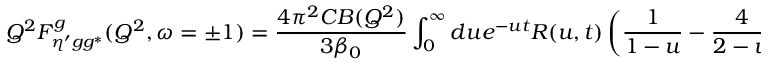
Q ^ { 2 } F _ { \eta ^ { \prime } g g ^ { * } } ^ { g } ( Q ^ { 2 } , \omega = \pm 1 ) = \frac { 4 \pi ^ { 2 } C B ( Q ^ { 2 } ) } { 3 \beta _ { 0 } } \int _ { 0 } ^ { \infty } d u e ^ { - u t } R ( u , t ) \left( \frac 1 { 1 - u } - \frac 4 { 2 - u } + \frac 4 { 3 - u } \right) .